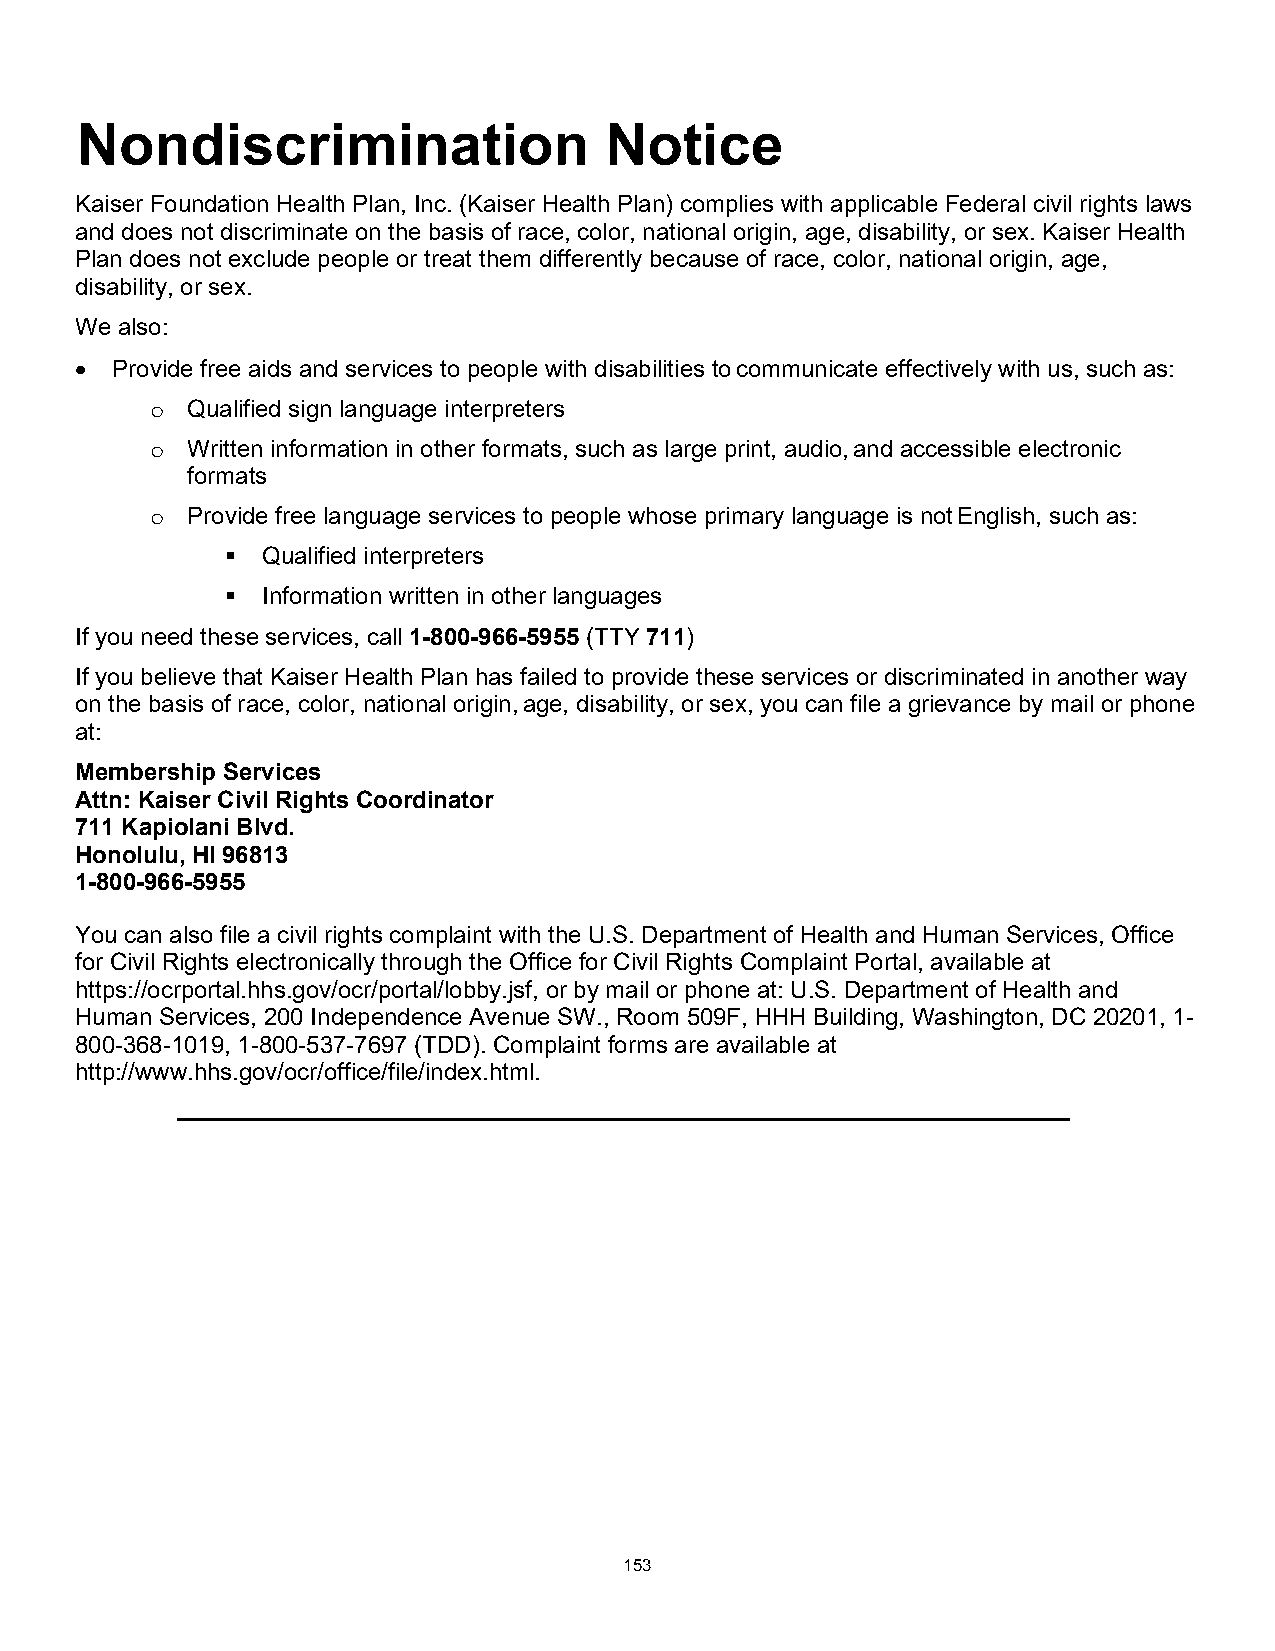
Nondiscrimination                  Notice
 Kaiser Foundation Health Plan, Inc. (Kaiser Health Plan) complies with applicable Federal civil rights laws
 and does not discriminate on the basis of race, color, national origin, age, disability, or sex. Kaiser Health
 Plan does not exclude people or treat them differently because of race, color, national origin, age,
 disability, or sex.
 We also:
 • Provide free aids and services to people with disabilities to communicate effectively with us, such as:
 Qualified sign language interpreters
 o
 Written information in other formats, such as large print, audio, and accessible electronic
 o
 formats
 Provide free language services to people whose primary language is not English, such as:
 o
  Qualified interpreters
  Information written in other languages
 If you need these services, call 1-800-966-5955 (TTY 711)
 If you believe that Kaiser Health Plan has failed to provide these services or discriminated in another way
 on the basis of race, color, national origin, age, disability, or sex, you can file a grievance by mail or phone
 at:
 Membership Services
 Attn: Kaiser Civil Rights Coordinator
 711 Kapiolani Blvd.
 Honolulu, HI 96813
 1-800-966-5955
 You can also file a civil rights complaint with the U.S. Department of Health and Human Services, Office
 for Civil Rights electronically through the Office for Civil Rights Complaint Portal, available at
 https://ocrportal.hhs.gov/ocr/portal/lobby.jsf, or by mail or phone at: U.S. Department of Health and
 Human Services, 200 Independence Avenue SW., Room 509F, HHH Building, Washington, DC 20201, 1-
 800-368-1019, 1-800-537-7697 (TDD). Complaint forms are available at
 http://www.hhs.gov/ocr/office/file/index.html.
 153